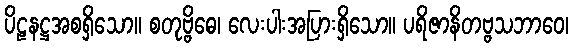
ပိဠနဋ္ဌအစရှိသော။ စတုဗ္ဗိဓေ၊ လေးပါးအပြားရှိသော။ ပရိဇာနိတဗ္ဗသဘာဝေ၊